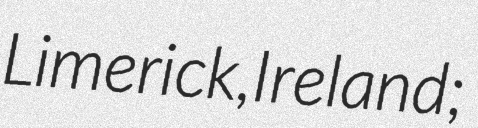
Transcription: Limerick, Ireland;